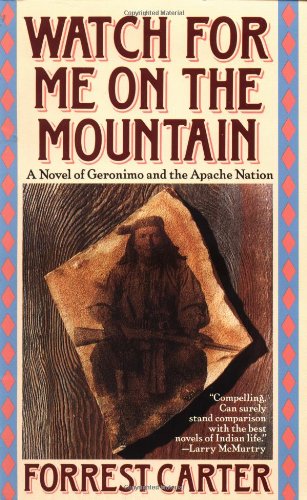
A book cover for Watch for Me on the Mountain; Forrest Carter; Literature & Fiction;